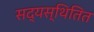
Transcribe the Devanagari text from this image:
सद्यस्थितित